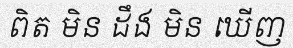
ពិត មិន ដឹង មិន ឃើញ